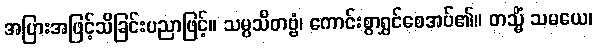
အပြားအဖြင့်သိခြင်းပညာဖြင့်။ သမ္ပသိတဗ္ဗံ၊ ကောင်းစွာရွှင်စေအပ်၏။ တသ္မိံ သမယေ၊